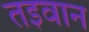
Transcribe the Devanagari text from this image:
तइवान